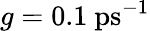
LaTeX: g=0.1\ \mathrm{ps}^{-1}